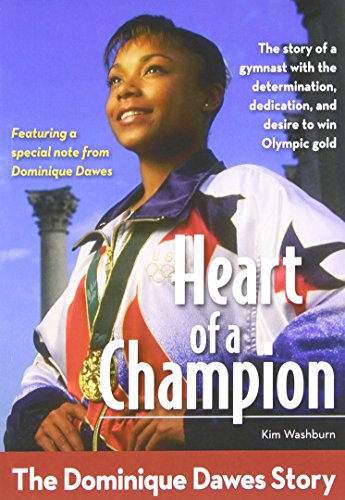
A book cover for Heart of a Champion: The Dominique Dawes Story (ZonderKidz Biography); Kim Washburn; Children's Books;